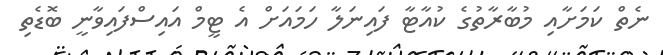
ނެތް ކަމަށާއި މުބާރާތުގެ ކުއާޓާ ފައިނަލާ ހަމައަށް އެ ޓީމް އައިސްފައިވާނީ ބޮޑެތި